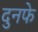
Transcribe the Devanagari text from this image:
दुनफे